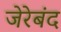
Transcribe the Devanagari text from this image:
जेरेबंद